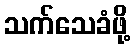
သက်သေခံဖို့